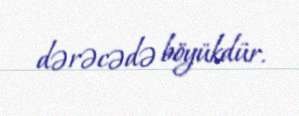
dərəcədə böyükdür.